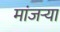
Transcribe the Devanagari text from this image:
मांजर्‍या